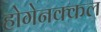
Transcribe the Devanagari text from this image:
होगेनक्कल